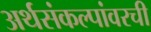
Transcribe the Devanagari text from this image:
अर्थसंकल्पांवरची